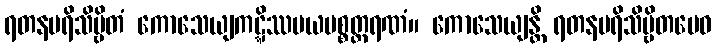
ရတနပရိသိဗ္ဗိတံ ကောသေယျကဋ္ဋိဿမယပစ္စတ္ထရဏံ။ ကောသေယျန္တိ ရတနပရိသိဗ္ဗိတမေဝ